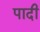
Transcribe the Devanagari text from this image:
पादी